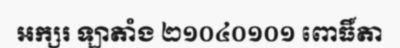
អក្សរ ឡាតាំង ២១០៤០១០១ ពោធិ៍តា